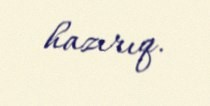
hazırıq.